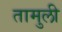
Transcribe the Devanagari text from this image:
तामुली